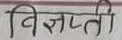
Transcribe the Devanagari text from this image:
विज्ञप्ती